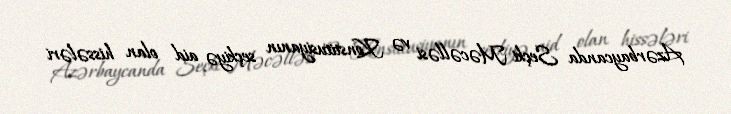
Azərbaycanda Seçki Məcəlləsi və Konstitusiyanın seçkiyə aid olan hissələri